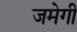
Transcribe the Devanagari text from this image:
जमेगी